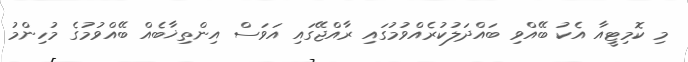
މި ކޮމިޓީއާ އެކު ބޭއްވި ބައްދަލުކުރެއްވުމުގައި ރާއްޖޭގައި އަވަސް އިންތިޚާބެއް ބޭއްވުމުގެ މުހިންމު